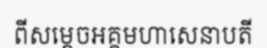
ពីសម្តេចអគ្គមហាសេនាបតី